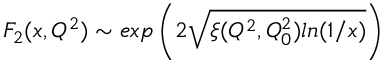
F _ { 2 } ( x , Q ^ { 2 } ) \sim e x p \left( 2 \sqrt { \xi ( Q ^ { 2 } , Q _ { 0 } ^ { 2 } ) l n ( 1 / x ) } \right)